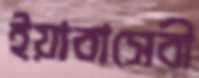
ইয়াবাসেবী